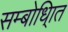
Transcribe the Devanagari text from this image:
सम्बोधि्ात